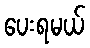
ပေးရမယ်